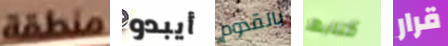
منطقة أيبدو بالقدوم كتابها قرار